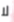
لا